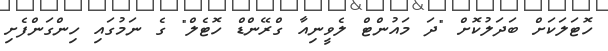
ހޮޓަލަކަށް ބަދަލުކޮށް "ދަ މައުންޓް ލެވީނިއާ ގްރޭންޑް ހޮޓެލް" ގެ ނަމުގައި ހިންގަންފެށި